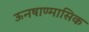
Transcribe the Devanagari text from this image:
ऊनषाण्मासिक